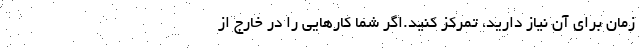
زمان برای آن نیاز دارید، تمرکز کنید.اگر شما کارهایی را در خارج از